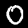
Digit: 0